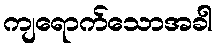
ကျရောက်သောအခါ